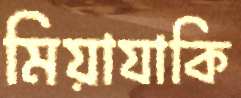
মিয়াযাকি